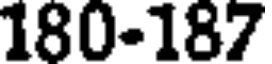
180-187